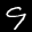
Label: 9